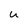
Character: u